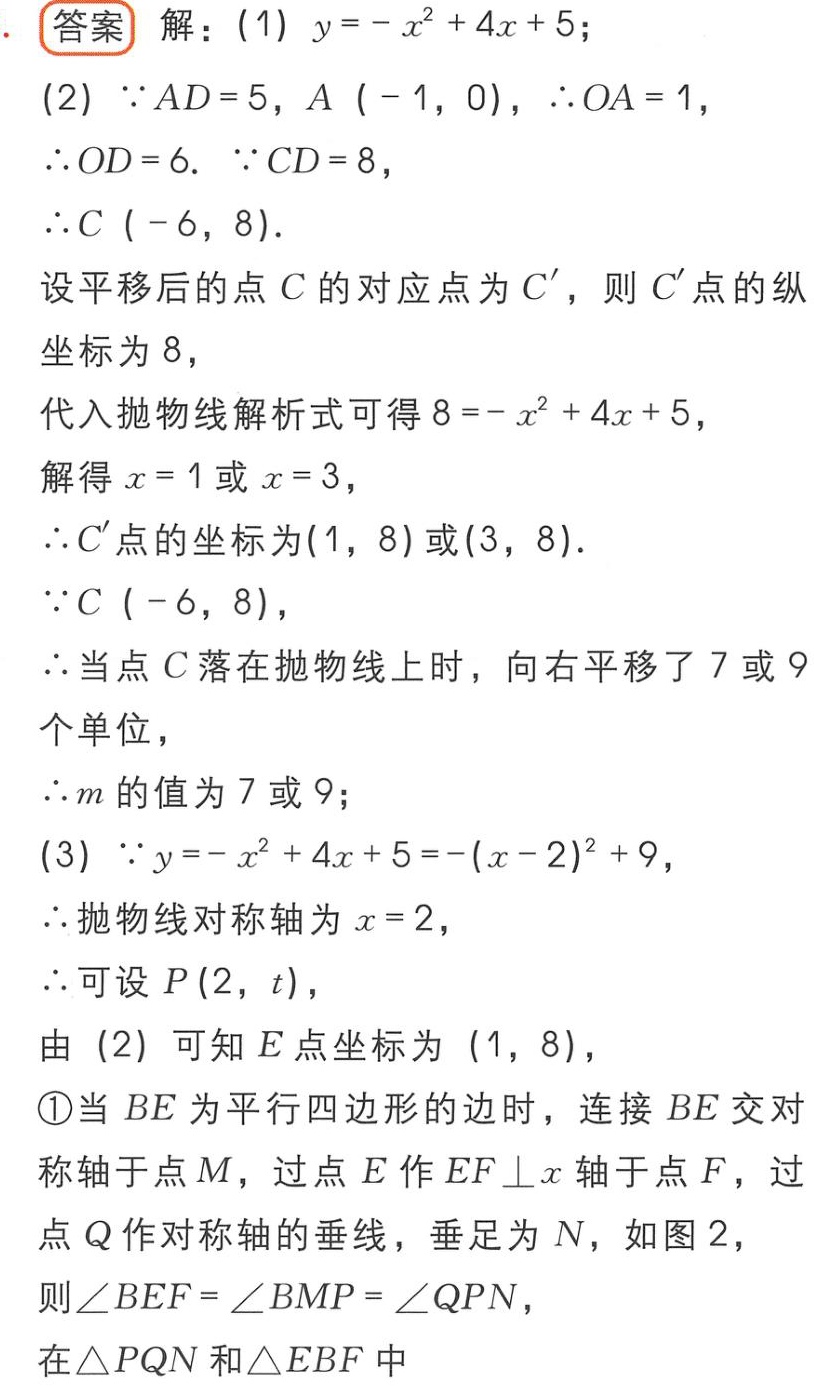
答案 解：(1) \(y = -x^{2}+4x + 5\)；
(2) \(\because AD = 5\)，\(A(-1,0)\)，\(\therefore OA = 1\)，
\(\therefore OD = 6\). \(\because CD = 8\)，
\(\therefore C(-6,8)\).
设平移后的点\(C\)的对应点为\(C'\)，则\(C'\)点的纵坐标为\(8\)，
代入抛物线解析式可得\(8=-x^{2}+4x + 5\)，
解得\(x = 1\)或\(x = 3\)，
\(\therefore C'\)点的坐标为\((1,8)\)或\((3,8)\).
\(\because C(-6,8)\)，
\(\therefore\)当点\(C\)落在抛物线上时，向右平移了\(7\)或\(9\)个单位，
\(\therefore m\)的值为\(7\)或\(9\)；
(3) \(\because y=-x^{2}+4x + 5=-(x - 2)^{2}+9\)，
\(\therefore\)抛物线对称轴为\(x = 2\)，
\(\therefore\)可设\(P(2,t)\)，
由(2)可知\(E\)点坐标为\((1,8)\)，
\textcircled{1}当\(BE\)为平行四边形的边时，连接\(BE\)交对称轴于点\(M\)，过点\(E\)作\(EF\perp x\)轴于点\(F\)，过点\(Q\)作对称轴的垂线，垂足为\(N\)，如图2，
则\(\angle BEF=\angle BMP=\angle QPN\)，
在\(\triangle PQN\)和\(\triangle EBF\)中